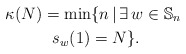
\begin{gather*}\kappa(N) = \min \{ n \,|\, \exists \, w \in {\mathbb{S}}_n \ \\s_{w}(1)=N \}.\end{gather*}